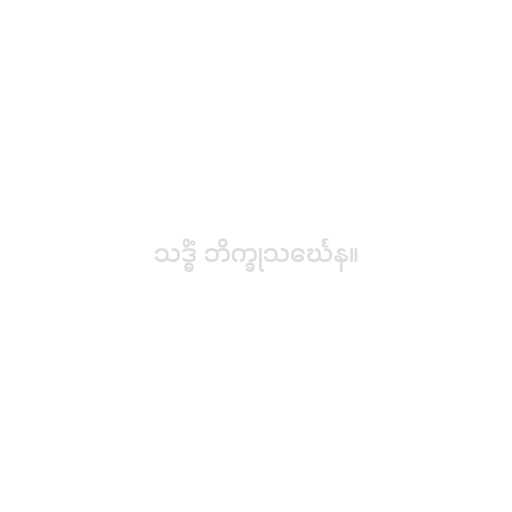
သဒ္ဓိံ ဘိက္ခုသင်္ဃေန။